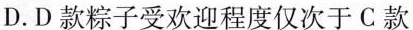
D.D款粽子受欢迎程度仅次于C款